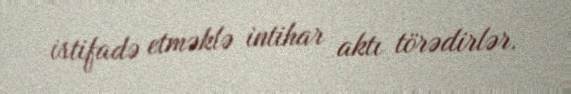
istifadə etməklə intihar aktı törədirlər.